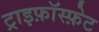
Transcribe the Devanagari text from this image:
ट्राइफ़ॉस्फ़ेट